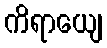
ကိရာယျေ